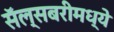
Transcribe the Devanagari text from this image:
सॅल्सबरीमध्ये